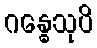
ဂန္ဓေသုပိ